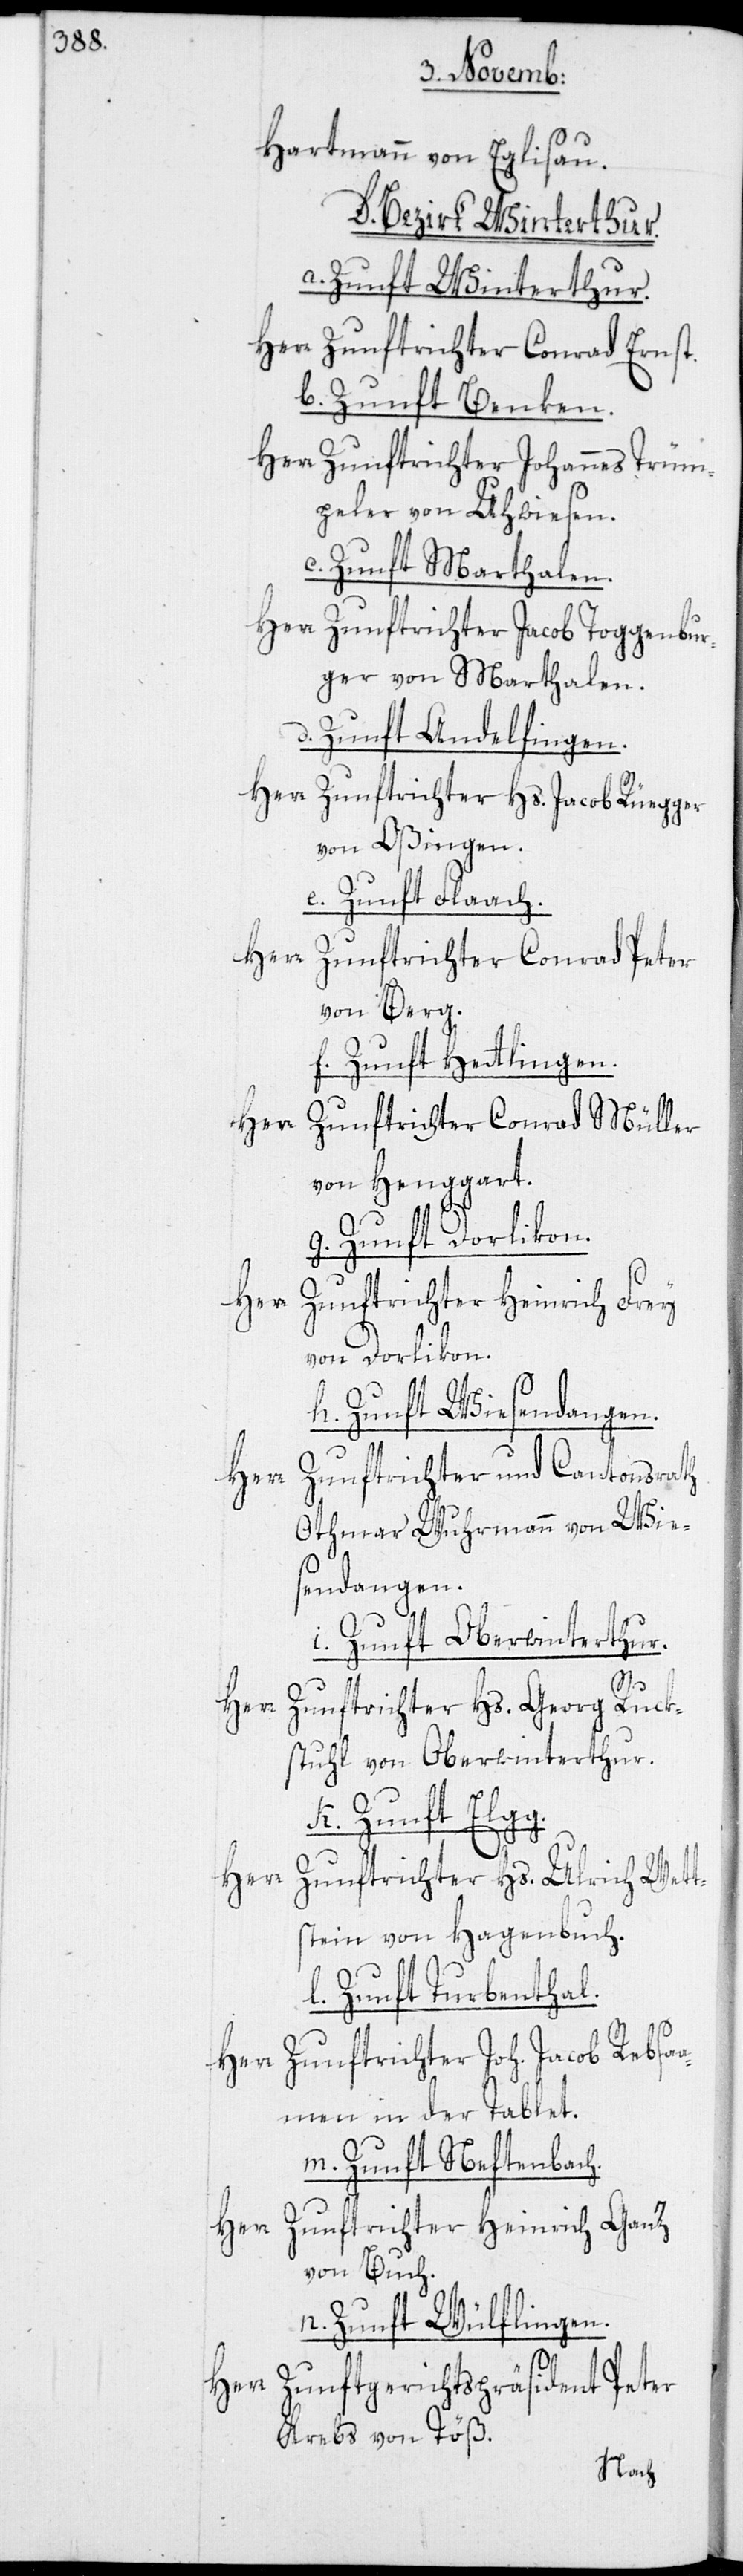
Hartmann von Eglisau.
D. Bezirk Winterthur.
a. Zunft Winterthur.
Herr Zunftrichter Conrad Ernst.
b. Zunft Benken.
Herr Zunftrichter Johannes Trüm¬
peler von Uhwiesen.
c. Zunft Marthalen.
Herr Zunftrichter Jacob Toggenbur¬
ger von Marthalen.
d. Zunft Andelfingen.
Herr Zunftrichter Hs. Jacob Rüegger
von Oßingen.
e. Zunft Flaach.
Herr Zunftrichter Conrad Peter
von Berg.
f. Zunft Hettlingen.
Herr Zunftrichter Conrad Müller
von Henggart.
g. Zunft Dorlikon.
Zunftrichter Heinrich Frey
von Dorlikon.
h. Zunft Wiesendangen.
Herr Zunftrichter und Cantonsrath
Othmar Wuhrmann von Wie¬
sendangen.
i. Zunft Oberwinterthur.
g.
Herr
Zunftrichter Hs. Georg Ruck¬
stuhl von Oberwinterthur.
k. Zunft Elg¬
Zunftrichter Hs. Ulrich Wett¬
stein von Hagenbuch.
l. Zunft Turbenthal.
Herr Zunftrichter Joh. Jacob Rebsa¬
amen in der Tablet.
m. Zunft Neftenbach.
Zunftrichter Heinrich Ganz
von Buch.
n. Zunft Wülflingen.
Herr Zunftgerichtspräsident Peter
Krebs von Töß.